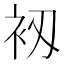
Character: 𧘖